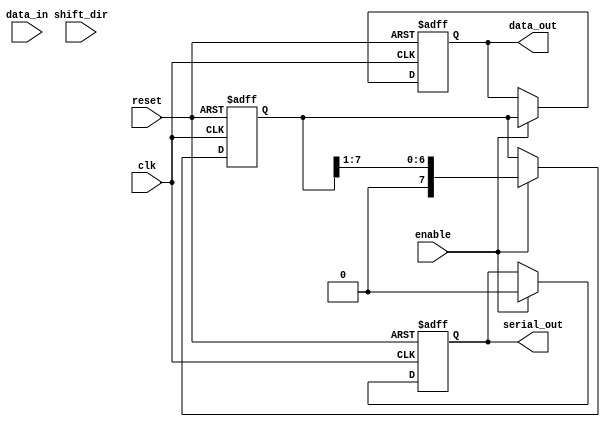
module parameterized_shift_register #(
    parameter DATA_WIDTH = 8,         // Width of the data
    parameter MODE = "SIPO"           // Operational mode: "SIPO", "PISO", "Shift"
)(
    input wire clk,                   // Clock signal
    input wire reset,                 // Asynchronous reset
    input wire [DATA_WIDTH-1:0] data_in, // Parallel input data (for PISO mode)
    input wire shift_dir,             // Shift direction (0 = left, 1 = right)
    input wire enable,                // Enable signal for shifting/loading
    output reg [DATA_WIDTH-1:0] data_out, // Parallel output data (for SIPO mode)
    output reg serial_out             // Serial output data (for PISO mode)
);

// Internal register to hold shift register content
reg [DATA_WIDTH-1:0] shift_reg;

// On clock edge
always @(posedge clk or posedge reset) begin
    if (reset) begin
        // Clear the shift register on reset
        shift_reg <= {DATA_WIDTH{1'b0}};
        data_out <= {DATA_WIDTH{1'b0}};
        serial_out <= 1'b0;
    end else if (enable) begin
        case (MODE)
            "PISO": begin
                // Load parallel data into the shift register
                shift_reg <= data_in;
                // Shift out the data serially on next clock cycles
                serial_out <= shift_reg[DATA_WIDTH-1];
                // Shift the register for next output
                shift_reg <= {shift_reg[DATA_WIDTH-2:0], 1'b0}; // Shift right
            end
            
            "SIPO": begin
                // Shift data in SIPO mode
                serial_out <= 1'b0; // Not used in SIPO
                // Shift the register contents
                shift_reg <= {1'b0, shift_reg[DATA_WIDTH-1:1]}; // Shift left
                // Update parallel output
                data_out <= shift_reg;
            end
            
            "Shift": begin
                // Perform shift operation based on shift_dir
                if (shift_dir) begin
                    // Shift right
                    shift_reg <= {1'b0, shift_reg[DATA_WIDTH-1:1]}; // Shift right
                end else begin
                    // Shift left
                    shift_reg <= {shift_reg[DATA_WIDTH-2:0], 1'b0}; // Shift left
                end
                // Not updating data_out in this mode
                data_out <= shift_reg; // Output current register state
            end
            
            default: begin
                // If mode is not recognized, do nothing
                serial_out <= 1'b0;
                data_out <= data_out; // Maintain previous state
            end
        endcase
    end
end

endmodule